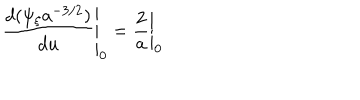
\left. \frac { d ( \psi _ { \xi } a ^ { - 3 / 2 } ) } { d u } \right| _ { 0 } = \left. \frac { 2 } { a } \right| _ { 0 }